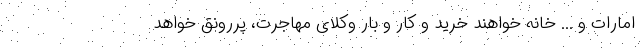
امارات و ... خانه خواهند خرید و کار و بار وکلای مهاجرت، پررونق خواهد